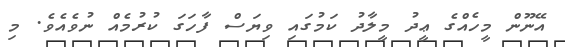
އޭނޫން މީހެއްގެ ޢީދު މީލާދު ކަމުގައި ވިޔަސް ފާހަގަ ކުރުމެއް ނުވެއެވެ. މި